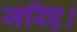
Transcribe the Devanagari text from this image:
जरिए।